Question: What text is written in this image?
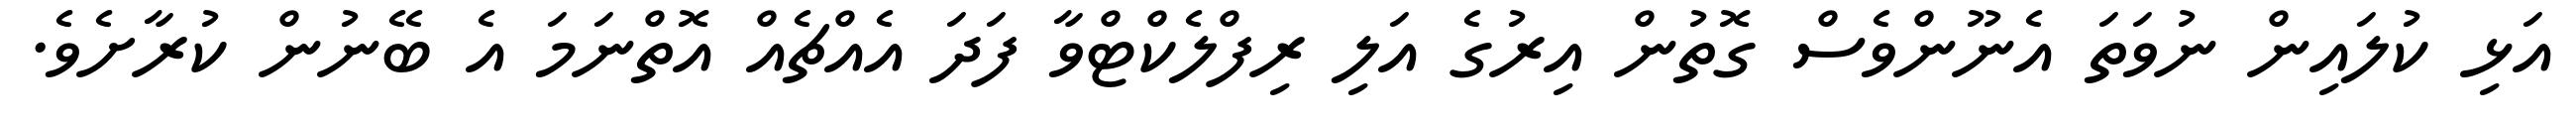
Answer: އަޅި ކުލައިން ނުވަތަ އެނޫންވެސް ގޮތުން އިރުގެ އަލި ރިފްލެކްޓްވާ ފަދަ އެއްޗެއް އޮތްނަމަ އެ ބޭނުން ކުރާށެވެ.